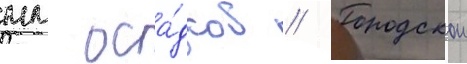
мм оса́дков // Городскои